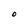
Character: O